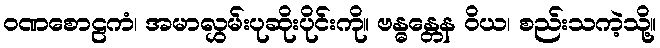
ဝဏစောဠကံ၊ အမာလွှမ်းပုဆိုးပိုင်းကို။ ဗန္ဓန္တေန ဝိယ၊ စည်းသကဲ့သို့။